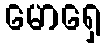
မောရှေ